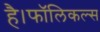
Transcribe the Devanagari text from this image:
है।फॉलिकल्स